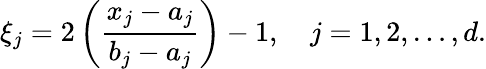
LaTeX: \xi_{j}=2\left(\frac{x_{j}-a_{j}}{b_{j}-a_{j}}\right)-1,\quad j=1,2,\ldots,d.